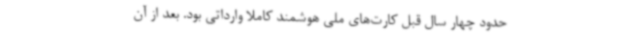
حدود چهار سال قبل کارت‌های ملی هوشمند کاملا وارداتی بود. بعد از آن